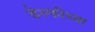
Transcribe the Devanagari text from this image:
डेल्फीच्या